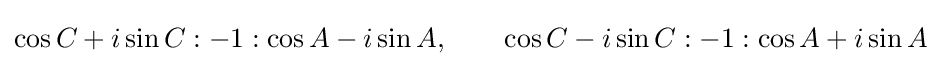
\cos C+i\sin C:-1:\cos A-i\sin A,\qquad \cos C-i\sin C:-1:\cos A+i\sin A